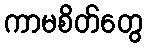
ကာမစိတ်တွေ